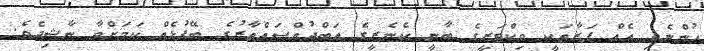
ހުންނެވި އެއް ފަރާތަކީ ވިކްޓަރީގެ ބާނީ ކެނެރީގެ އަބްދުއްސައްތާރުގެ ބޭފުޅެއް ކަމަށްވާ ނާޝިދެވެ.